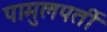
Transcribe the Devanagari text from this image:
पामुलपर्ती